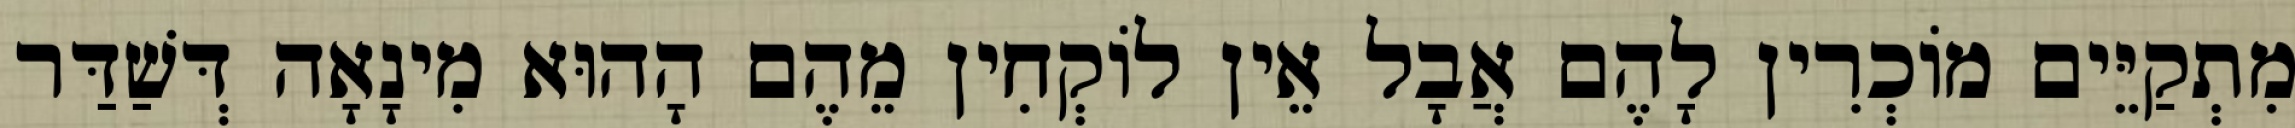
מִתְקַיֵּים מוֹכְרִין לָהֶם אֲבָל אֵין לוֹקְחִין מֵהֶם הָהוּא מִינָאָה דְּשַׁדַּר